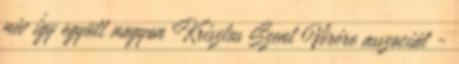
név így együtt nagyon Krisztus Szent Vérére asszociál -